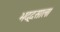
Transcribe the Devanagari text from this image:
भद्दसाल।